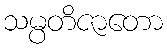
သမ္ပတိဇာတော